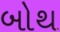
બોથ